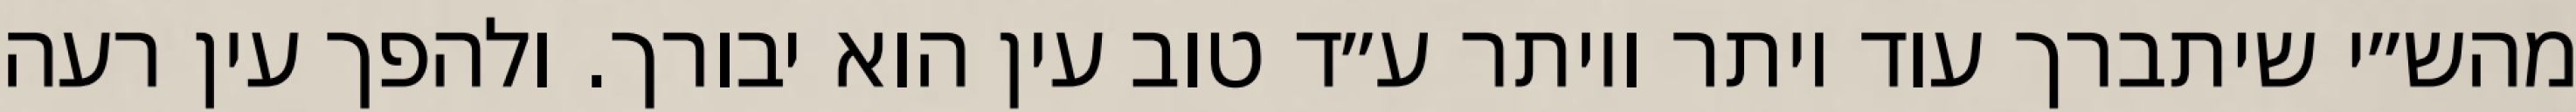
מהש״י שיתברך עוד יותר ויותר ע״ד טוב עין הוא יבורך. ולהפך עין רעה